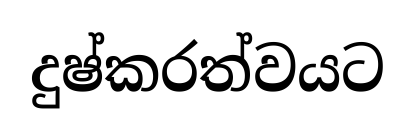
දුෂ්කරත්වයට